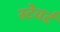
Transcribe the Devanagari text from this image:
स्टेवर्ट